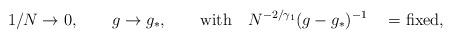
LaTeX: \begin{align*}1/N \rightarrow 0, \qquad g \rightarrow g_*, \qquad {\rm with} \quad N^{-2/\gamma_1}(g - g_*)^{-1} \quad ={\rm fixed,}\end{align*}